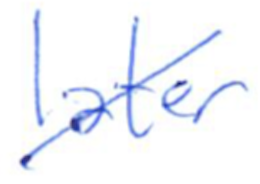
Text: later
Cross-out: diagonal
Writing tool: ballpoint